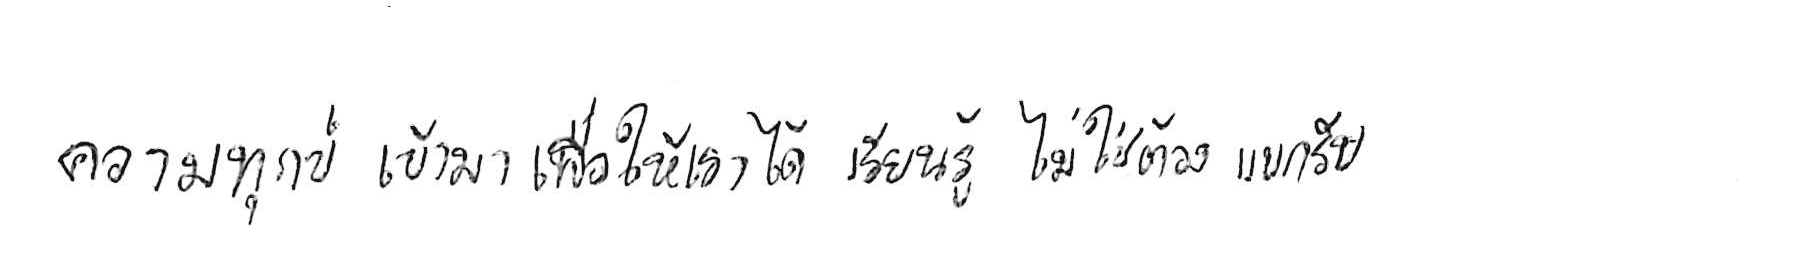
ความทุกข์ เข้ามาเพื่อให้เราได้ เรียนรู้ ไม่ใช่ต้อง แบกรับ